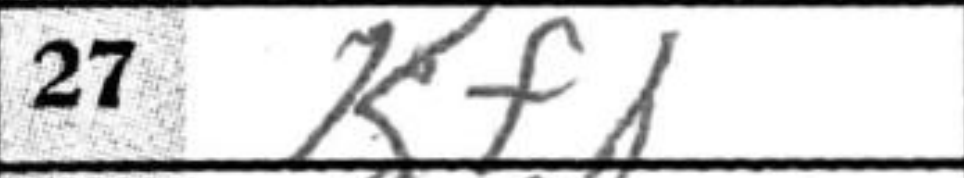
Transcription: Kf1